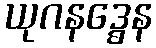
ယုဂနဒ္ဓေန